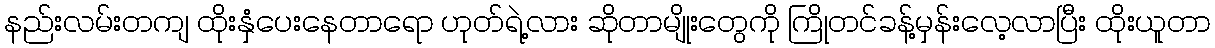
နည်းလမ်းတကျ ထိုးနှံပေးနေတာရော ဟုတ်ရဲ့လား ဆိုတာမျိုးတွေကို ကြိုတင်ခန့်မှန်းလေ့လာပြီး ထိုးယူတာ